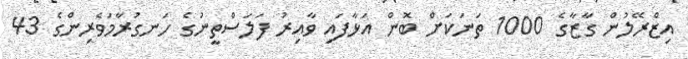
އިޒްރޭލުން ގާޒާގެ 1000 ތަނަކަށް ބޮން އަޅާފައި ވާއިރު ފަލަސްތީނުގެ ހަނގުރާމަވެެރިންގެ 43